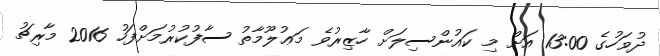
ދުވަހުގެ 13:00 އަށް މި ކައުންސިލަށް ހާޒިރުވެ މަޢުލޫމާތު ސާފުކުރުމަށްފަހު 2016 މާރިޗު